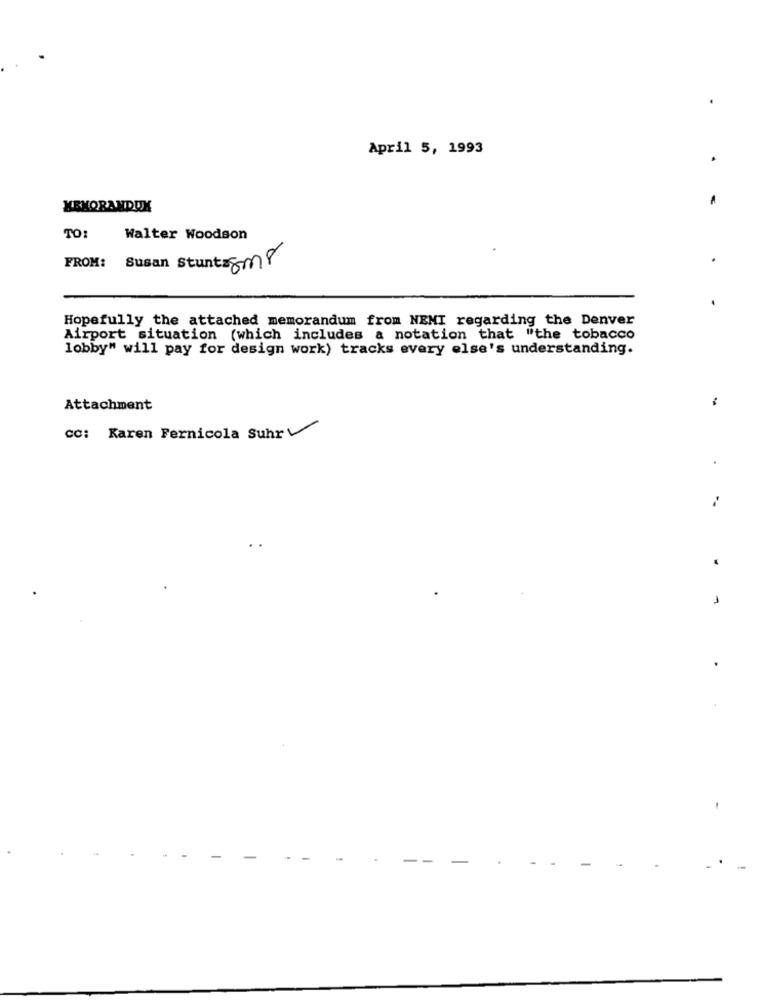
April 5, 1993
MEMORANDUX
TO:
Walter Woodson
FROM: Susan Stuntzgor
Hopefully the attached memorandum from NENI regarding the Denver
Airport situation (which includes a notation that "the tobacco
lobby" will pay for design work) tracks every else's understanding.
-
Attachment
cc: Karen Fernicola Suhr